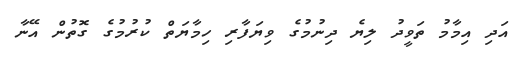
އަދި އިމާމު ތަވީދު ލިޔެ ދިނުމުގެ ވިޔަފާރި ހިމާޔަތް ކުރުމުގެ ގޮތުން އޭނާ